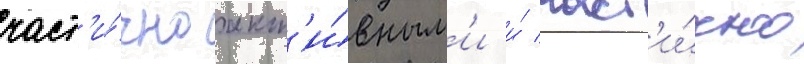
част'и́чно акт'и́вным'и и́ част'и́чно